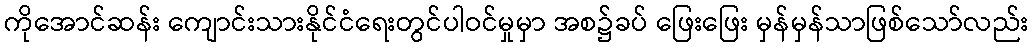
ကိုအောင်ဆန်း ကျောင်းသားနိုင်ငံရေးတွင်ပါဝင်မှုမှာ အစ၌ခပ် ဖြေးဖြေး မှန်မှန်သာဖြစ်သော်လည်း